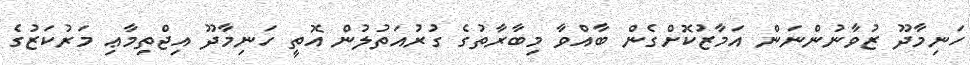
ހަނިމާދޫ ޒުވާނުންނަން އަމާޒުކޮށްގެން ބާއްވާ މިބާރާތުގެ ގުރުއަތުލުން އޮތީ ހަނިމާދޫ އިޖްތިމާޢި މަރުކަޒުގެ